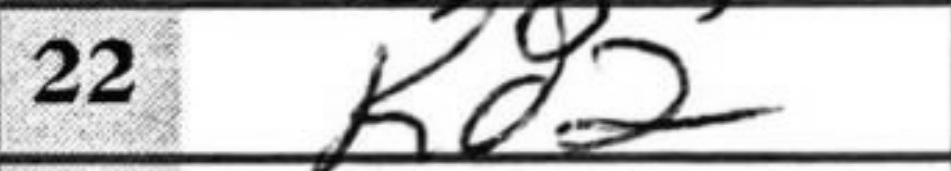
Transcription: Kd2